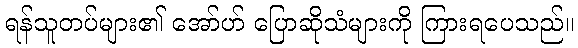
ရန်သူတပ်များ၏ အော်ဟ် ပြောဆိုသံများကို ကြားရပေသည်။